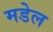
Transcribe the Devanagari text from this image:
मडेल